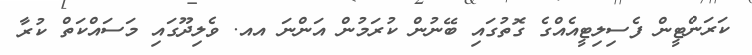
ކަރަންޓީން ފެސިލިޓީއެއްގެ ގޮތުގައި ބޭނުން ކުރަމުން އަންނަ އއ. ވެލިދޫގައި މަސައްކަތް ކުރާ